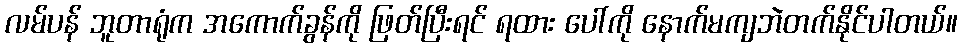
လမ်ပန် ဘူတာရုံက အကောက်ခွန်ကို ဖြတ်ပြီးရင် ရထား ပေါ်ကို နောက်မကျဘဲတက်နိုင်ပါတယ်။